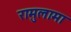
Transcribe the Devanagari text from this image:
रामुलामा